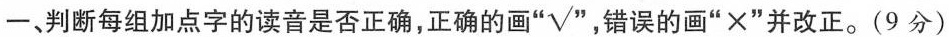
一、判断每组加点字的读音是否正确，正确的画” ☑”，错误的画”×”并改正。(9分)